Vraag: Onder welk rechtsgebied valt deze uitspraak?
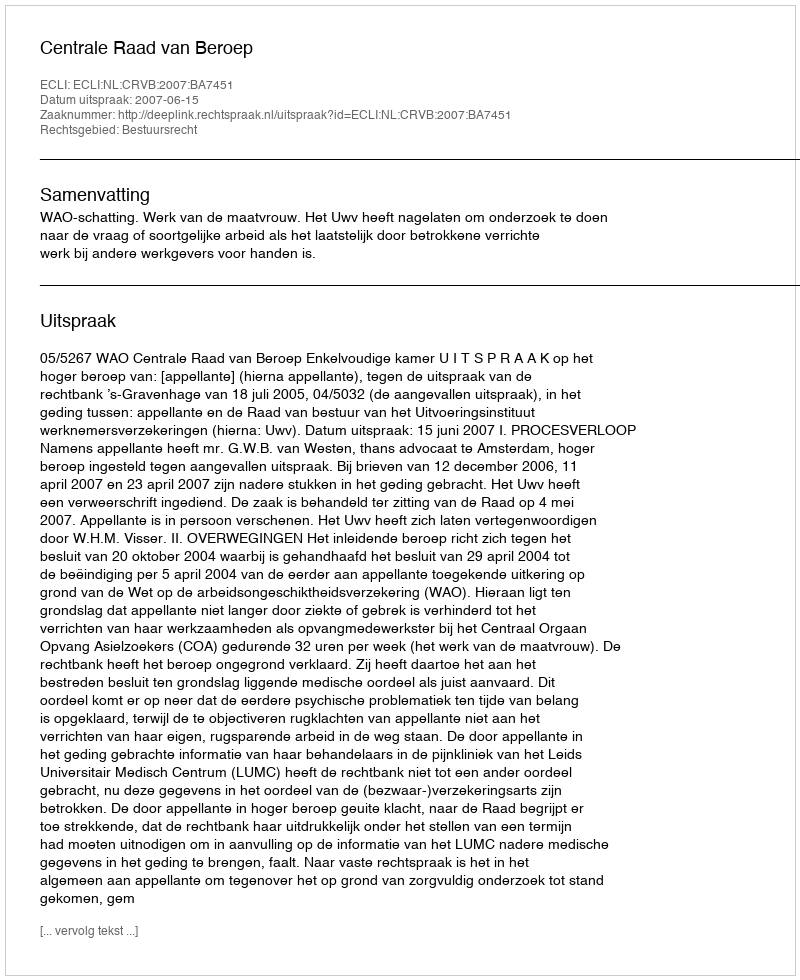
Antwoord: Bestuursrecht